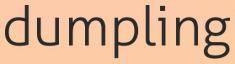
dumpling